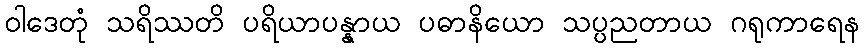
ဝါဒေတုံ သရိဿတိ ပရိယာပန္နာယ ပဓာနိယော သပ္ပညတာယ ဂရုကာရေန